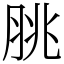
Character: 脁